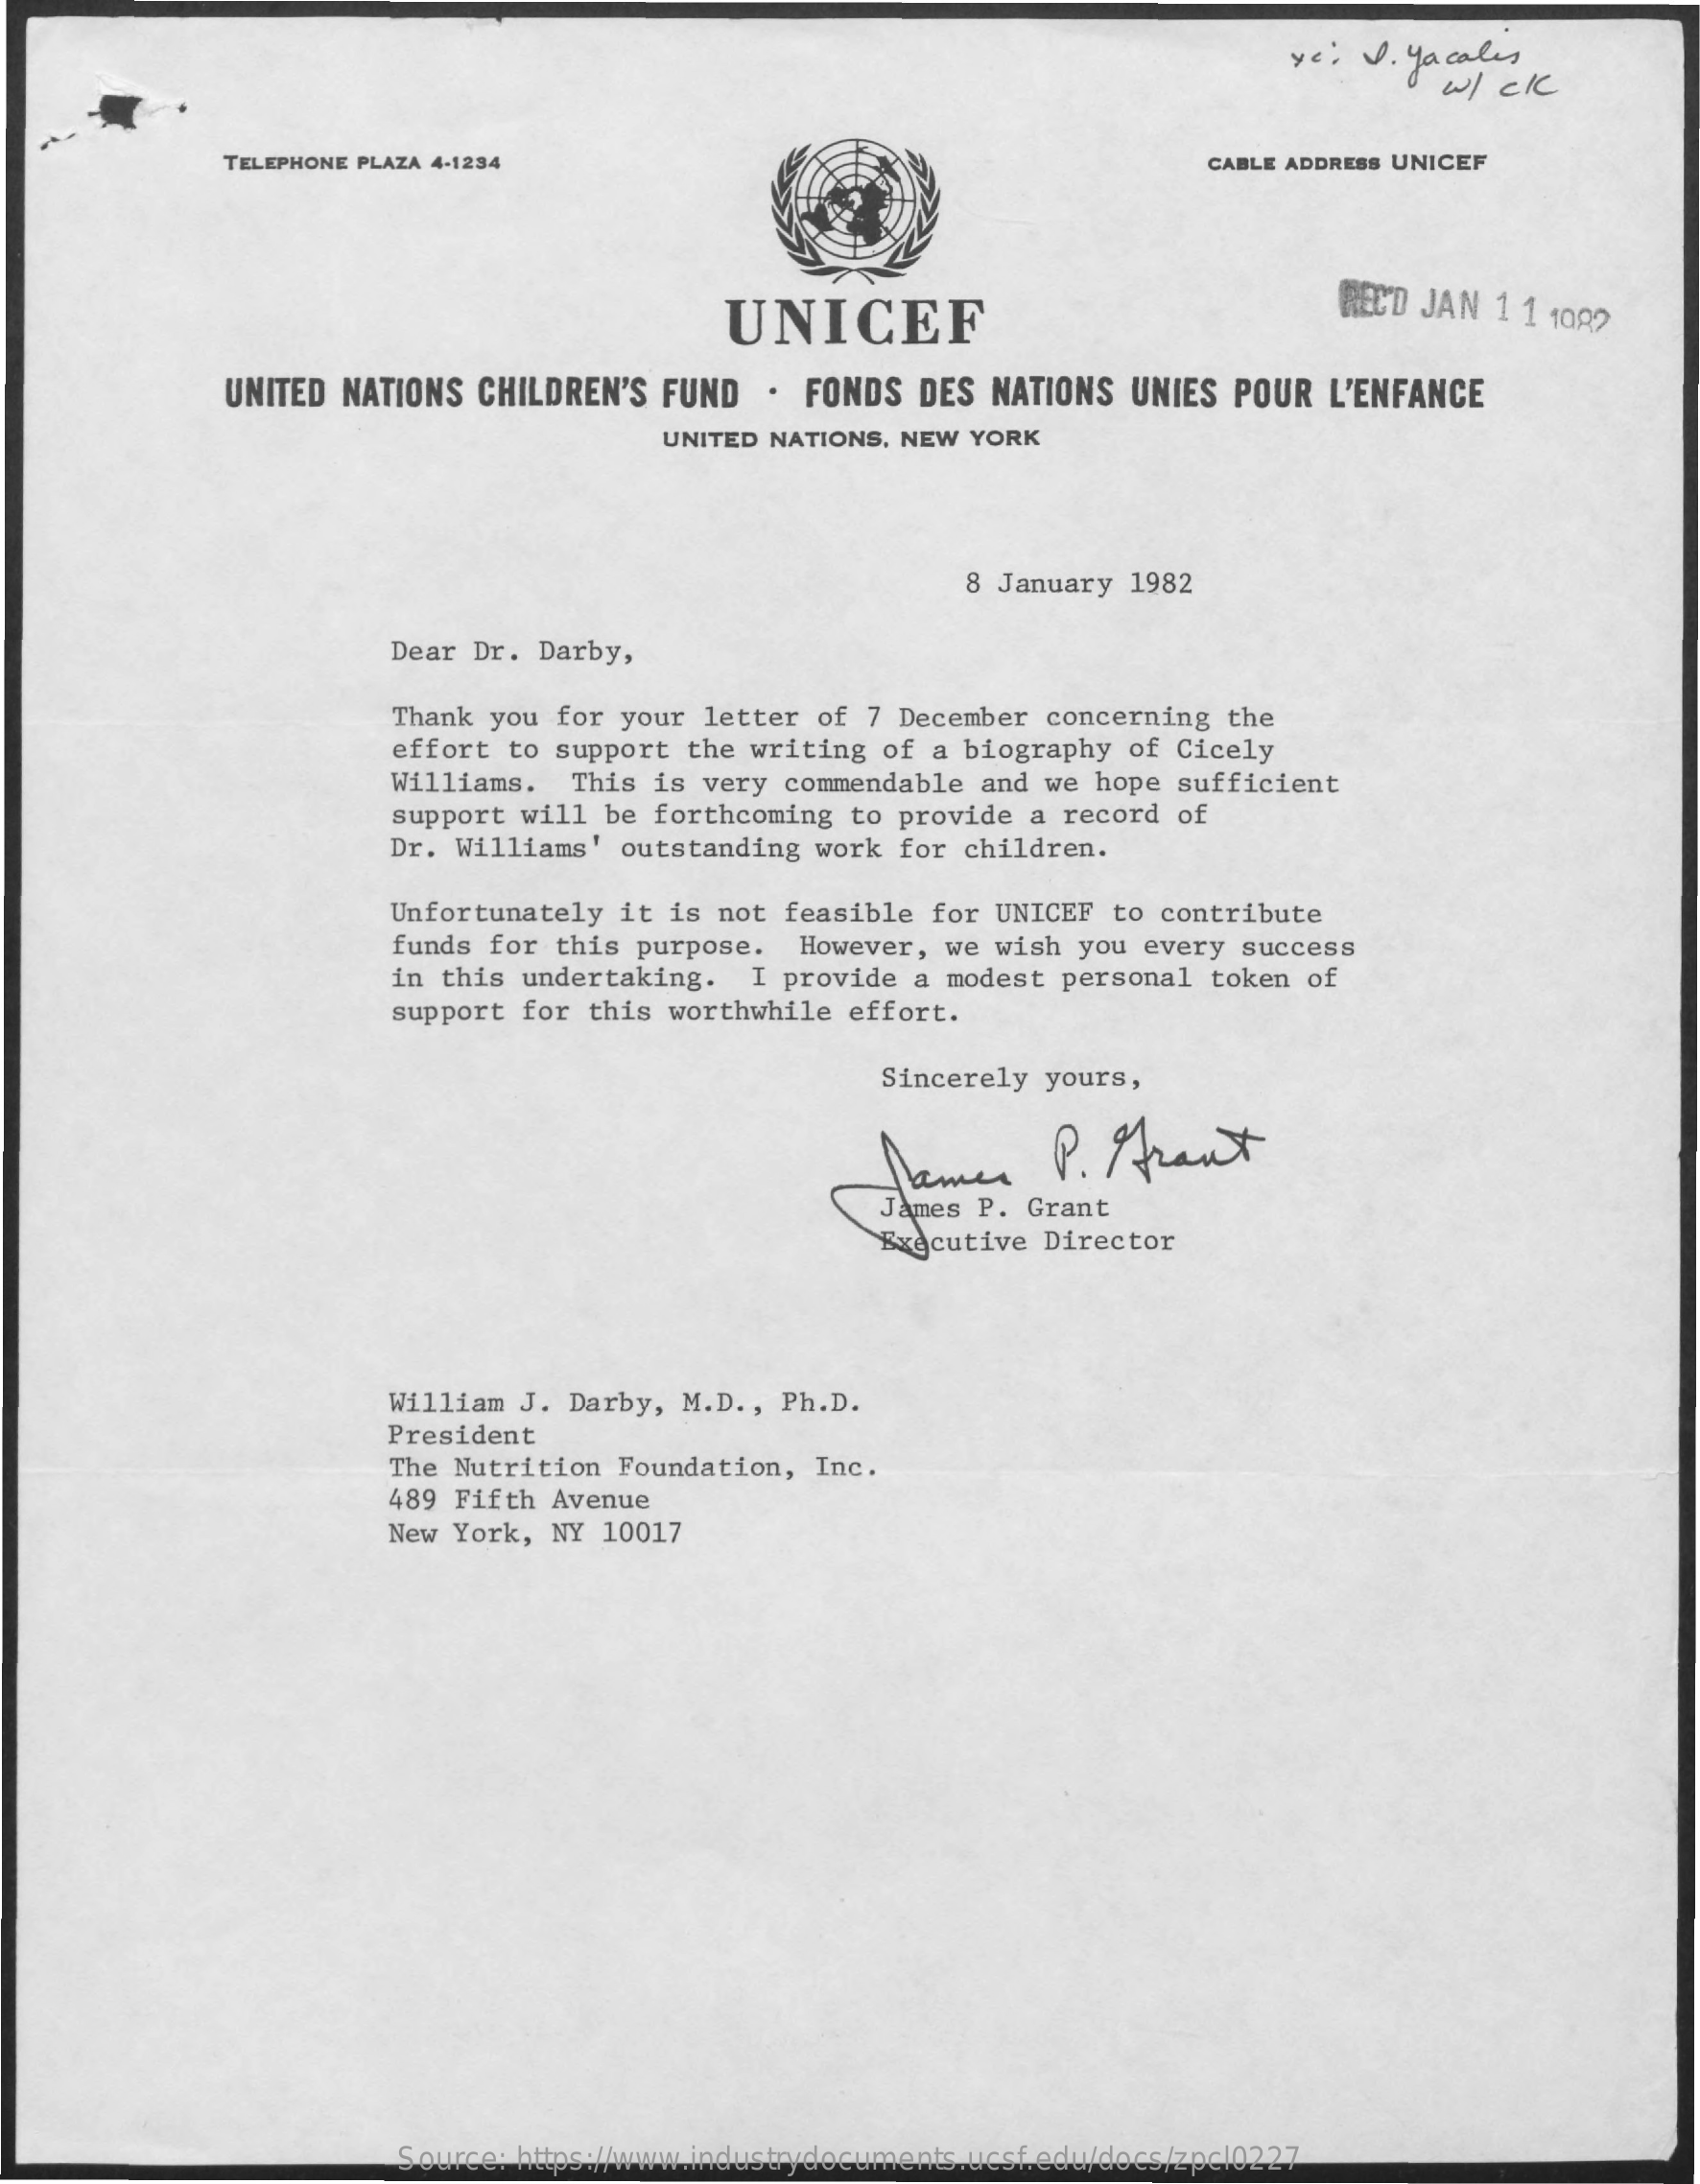
ye: V. yacales
     w/ cle
     TELEPHONE PLAZA 4-1234    CABLE ADDRESS UNICEF
     UNICEF    REC'D JAN 1 1 109?
     UNITED NATIONS CHILDREN'S FUND . FONDS DES NATIONS UNIES POUR L'ENFANCE
     UNITED NATIONS, NEW YORK
     8 January 1982
     Dear Dr. Darby,
     Thank you for your letter of 7 December concerning the
     effort to support the writing of a biography of Cicely
     Williams. This is very commendable and we hope sufficient
     support will be forthcoming to provide a record of
     Dr. Williams' outstanding work for children.
     Unfortunately it is not feasible for UNICEF to contribute
     funds for this purpose. However, we wish you every success
     in this undertaking. I provide a modest personal token of
     support for this worthwhile effort.
     Sincerely yours,
     P. Arant
     James P. Grant
     Executive Director
     William J. Darby, M.D ., Ph.D.
     President
     The Nutrition Foundation, Inc.
     489 Fifth Avenue
     New York, NY 10017
     Source: https://www.industrydocuments.ucsf.edu/docs/zpcl0227